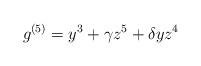
LaTeX: \begin{align*}g^{(5)} = y^3 + \gamma z^5 + \delta y z^4 \end{align*}